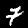
Label: 7